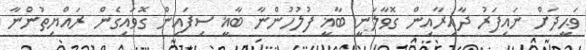
ވަޙީދަށް ނައިފަރު ދާއިރާއިން ގޮވާލަނީ ބާޣީ ފުލުހުންނާ ބާޣީ ސިފައިން ގޮވައިގެން ރައްޔިތުންނާ